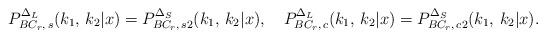
LaTeX: \begin{align*}P_{BC_r,\,s}^{\Delta_L}(k_1,\,k_2|x)=P_{BC_r,\,s2}^{\Delta_S}(k_1,\,k_2|x), \quad P_{BC_r,\,c}^{\Delta_L}(k_1,\,k_2|x)=P_{BC_r,\,c2}^{\Delta_S}(k_1,\,k_2|x).\end{align*}